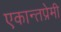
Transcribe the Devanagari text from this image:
एकान्तप्रेमी